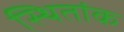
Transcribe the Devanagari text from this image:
स्थितांक